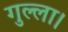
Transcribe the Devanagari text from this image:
गुल्ला।